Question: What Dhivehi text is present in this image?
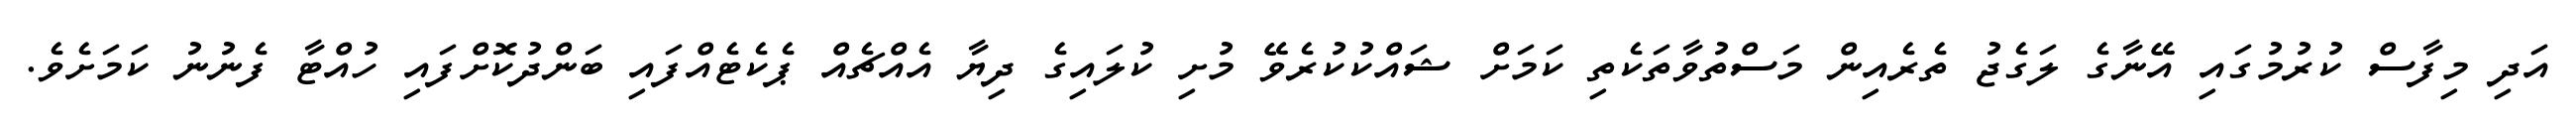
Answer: އަދި މިފާސް ކުރުމުގައި އޭނާގެ ލަގެޖު ތެރެއިން މަސްތުވާތަކެތި ކަމަށް ޝައްކުކުރެވޭ މުށި ކުލައިގެ ދިޔާ އެއްޗެއް ޕެކެޓެއްފައި ބަންދުކޮށްފައި ހުއްޓާ ފެނުނު ކަމަށެވެ.